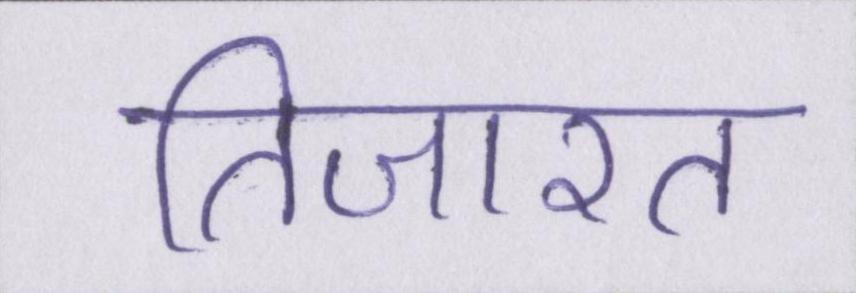
तिजारत